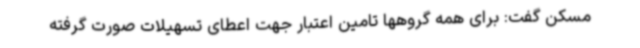
مسکن گفت: برای همه گروهها تامین اعتبار جهت اعطای تسهیلات صورت گرفته